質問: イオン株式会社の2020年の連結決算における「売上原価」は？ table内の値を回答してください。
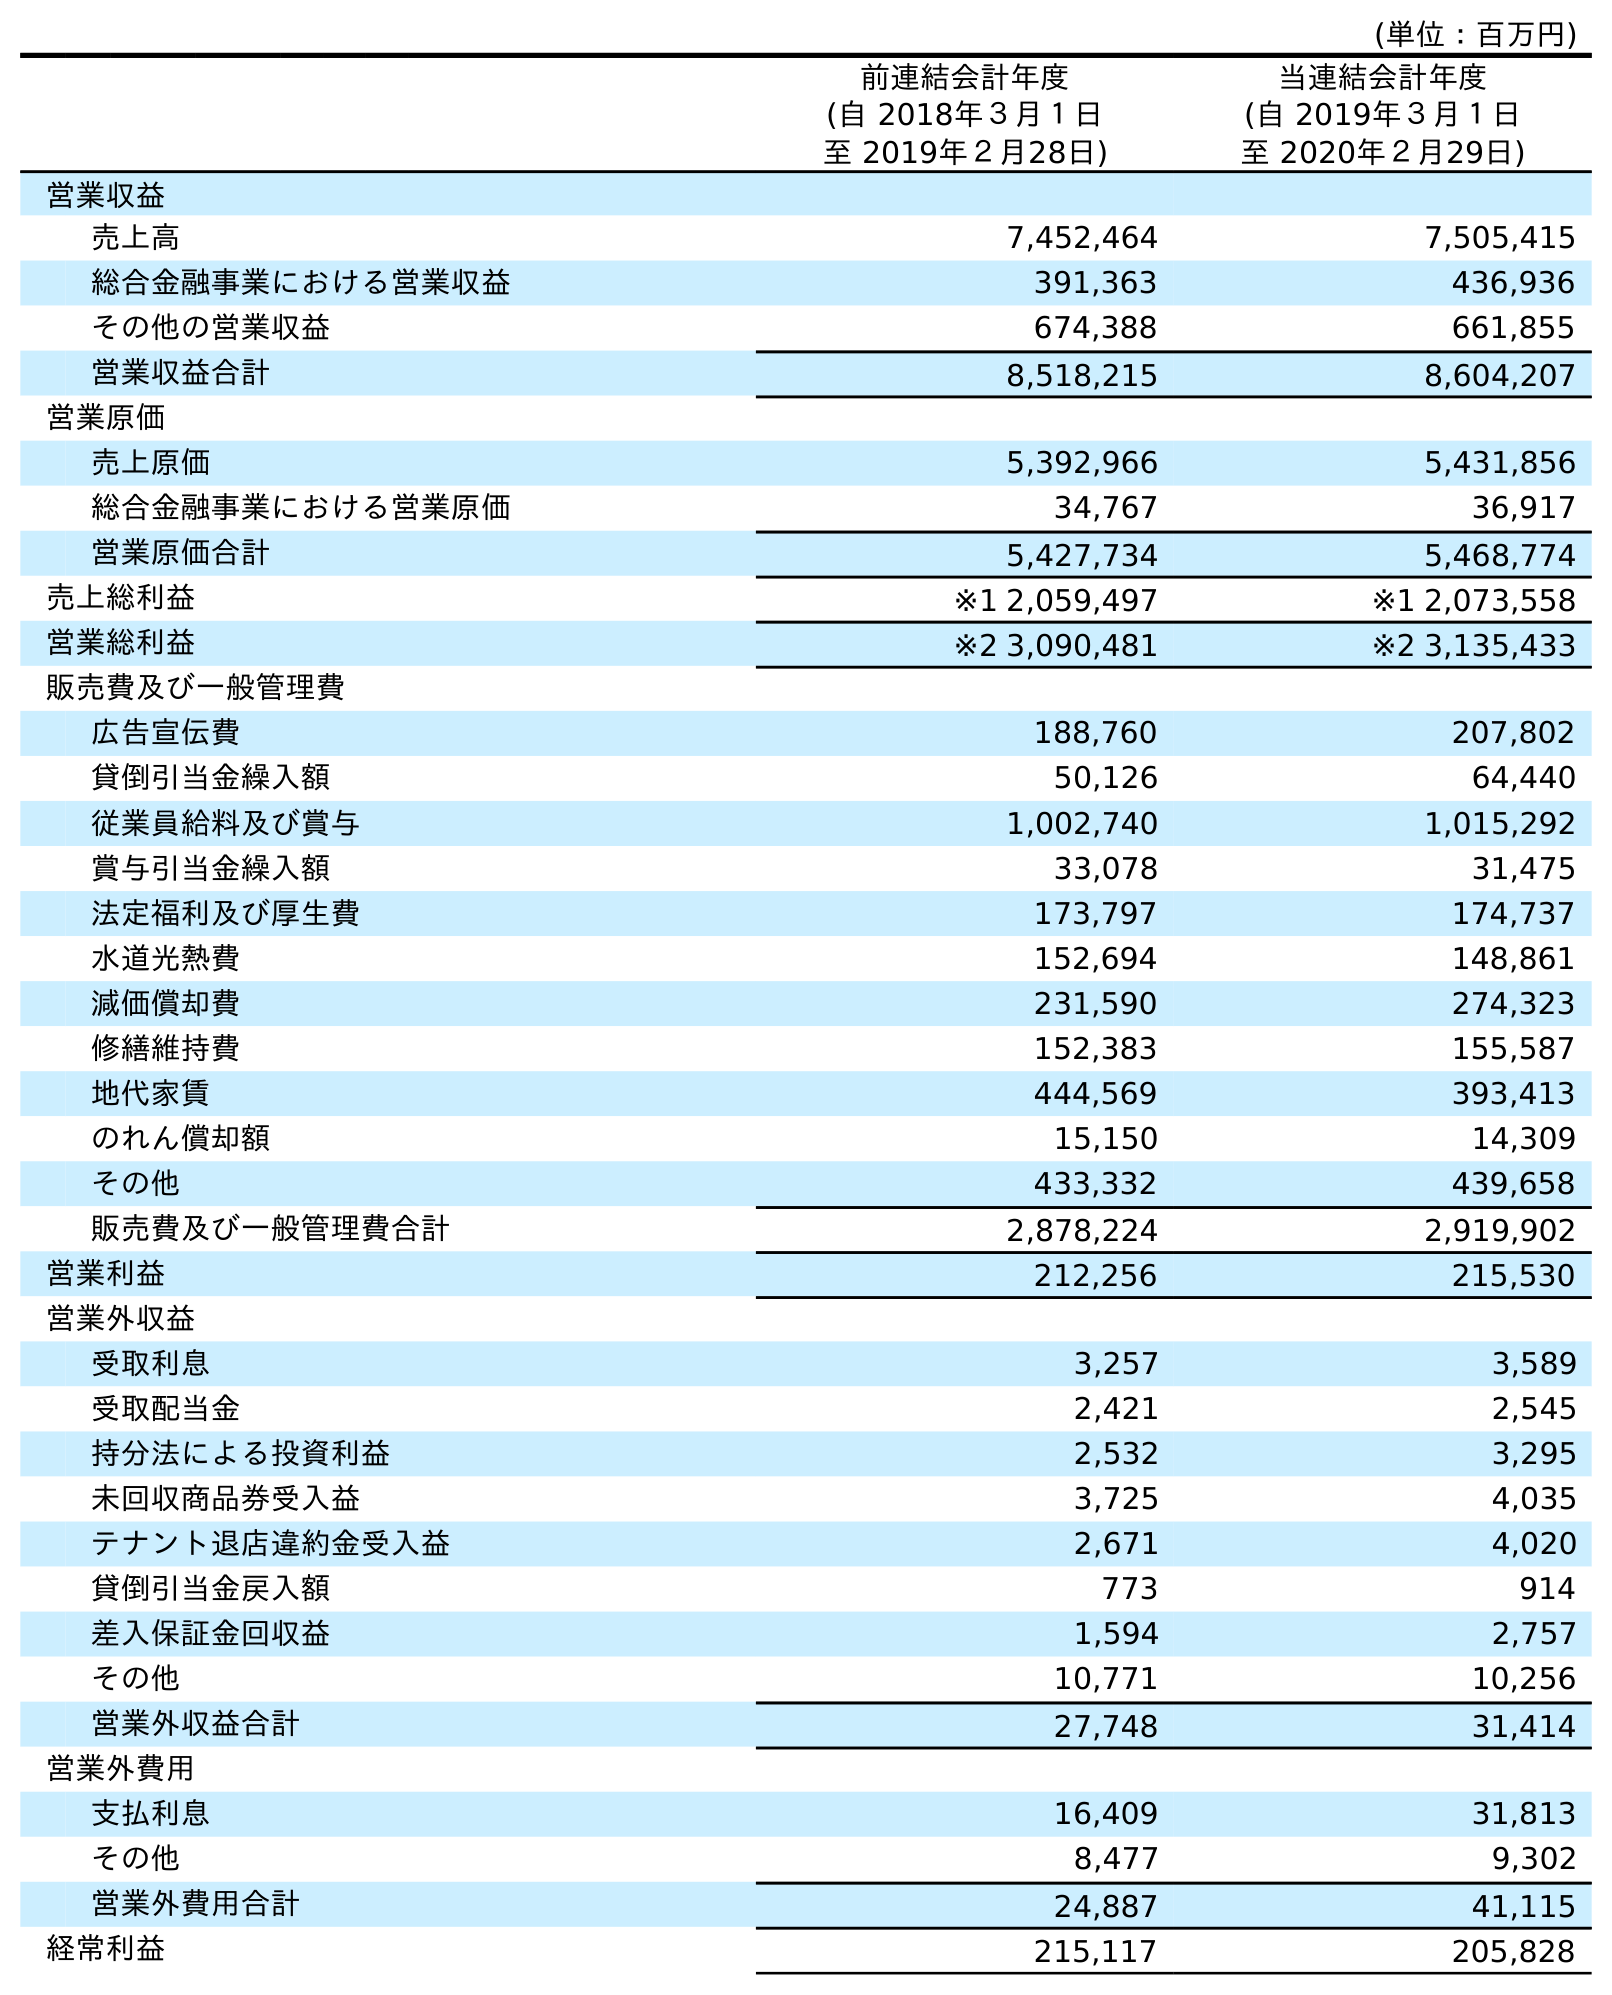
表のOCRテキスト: (単位：百万円) 前連結会計年度 (自 2018年３月１日 至 2019年２月28日) 当連結会計年度 (自 2019年３月１日 至 2020年２月29日) 営業収益 売上高 7,452,464 7,505,415 総合金融事業における営業収益 391,363 436,936 その他の営業収益 674,388 661,855 営業収益合計 8,518,215 8,604,207 営業原価 売上原価 5,392,966 5,431,856 総合金融事業における営業原価 34,767 36,917 営業原価合計 5,427,734 5,468,774 売上総利益 ※1 2,059,497 ※1 2,073,558 営業総利益 ※2 3,090,481 ※2 3,135,433 販売費及び一般管理費 広告宣伝費 188,760 207,802 貸倒引当金繰入額 50,126 64,440 従業員給料及び賞与 1,002,740 1,015,292 賞与引当金繰入額 33,078 31,475 法定福利及び厚生費 173,797 174,737 水道光熱費 152,694 148,861 減価償却費 231,590 274,323 修繕維持費 152,383 155,587 地代家賃 444,569 393,413 のれん償却額 15,150 14,309 その他 433,332 439,658 販売費及び一般管理費合計 2,878,224 2,919,902 営業利益 212,256 215,530 営業外収益 受取利息 3,257 3,589 受取配当金 2,421 2,545 持分法による投資利益 2,532 3,295 未回収商品券受入益 3,725 4,035 テナント退店違約金受入益 2,671 4,020 貸倒引当金戻入額 773 914 差入保証金回収益 1,594 2,757 その他 10,771 10,256 営業外収益合計 27,748 31,414 営業外費用 支払利息 16,409 31,813 その他 8,477 9,302 営業外費用合計 24,887 41,115 経常利益 215,117 205,828
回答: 5,431,856